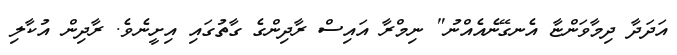
އަދަދާ ދިމާވަންޏާ އެނގޭނެއެއްނު" ނިމްރާ އައިސް ރާދިންގެ ގާތުގައި އިށީނެވެ. ރާދިން އުކާލި